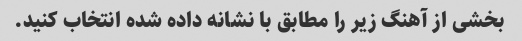
بخشی از آهنگ زیر را مطابق با نشانه داده شده انتخاب کنید.